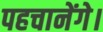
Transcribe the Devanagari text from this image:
पहचानेंगे।